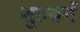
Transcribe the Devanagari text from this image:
शुल्बर्ग